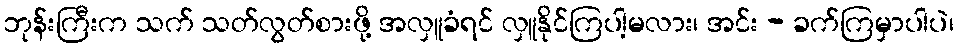
ဘုန်းကြီးက သက် သတ်လွတ်စားဖို့ အလှူခံရင် လှူနိုင်ကြပါ့မလား၊ အင်း - ခက်ကြမှာပါပဲ၊